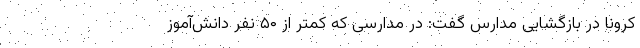
کرونا در بازگشایی مدارس گفت: در مدارسی که کمتر از ۵۰ نفر دانش‌آموز